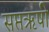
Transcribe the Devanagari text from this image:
सप्तऋषी